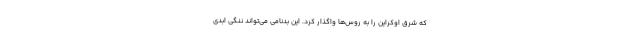
که شرق اوکراین را به روس‌ها واگذار کرد. این بدنامی می‌تواند ننگی ابدی